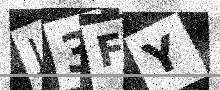
Text: J3FY